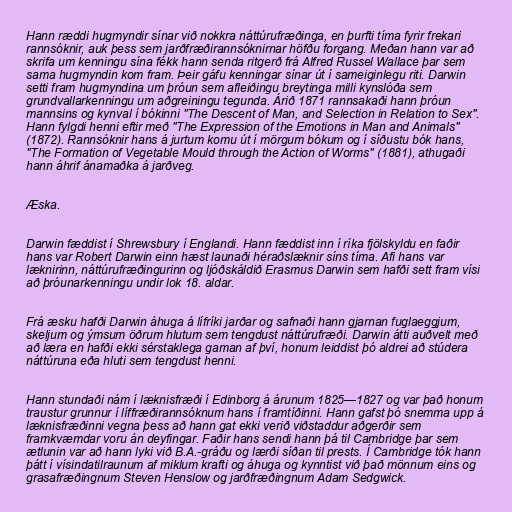
Hann ræddi hugmyndir sínar við nokkra náttúrufræðinga, en þurfti tíma fyrir frekari
rannsóknir, auk þess sem jarðfræðirannsóknirnar höfðu forgang. Meðan hann var að
skrifa um kenningu sína fékk hann senda ritgerð frá Alfred Russel Wallace þar sem
sama hugmyndin kom fram. Þeir gáfu kenningar sínar út í sameiginlegu riti. Darwin
setti fram hugmyndina um þróun sem afleiðingu breytinga milli kynslóða sem
grundvallarkenningu um aðgreiningu tegunda. Árið 1871 rannsakaði hann þróun
mannsins og kynval í bókinni "The Descent of Man, and Selection in Relation to Sex".
Hann fylgdi henni eftir með "The Expression of the Emotions in Man and Animals"
(1872). Rannsóknir hans á jurtum komu út í mörgum bókum og í síðustu bók hans,
"The Formation of Vegetable Mould through the Action of Worms" (1881), athugaði
hann áhrif ánamaðka á jarðveg.

Æska.

Darwin fæddist í Shrewsbury í Englandi. Hann fæddist inn í ríka fjölskyldu en faðir
hans var Robert Darwin einn hæst launaði héraðslæknir síns tíma. Afi hans var
læknirinn, náttúrufræðingurinn og ljóðskáldið Erasmus Darwin sem hafði sett fram vísi
að þróunarkenningu undir lok 18. aldar.

Frá æsku hafði Darwin áhuga á lífríki jarðar og safnaði hann gjarnan fuglaeggjum,
skeljum og ýmsum öðrum hlutum sem tengdust náttúrufræði. Darwin átti auðvelt með
að læra en hafði ekki sérstaklega gaman af því, honum leiddist þó aldrei að stúdera
náttúruna eða hluti sem tengdust henni.

Hann stundaði nám í læknisfræði í Edinborg á árunum 1825—1827 og var það honum
traustur grunnur í líffræðirannsóknum hans í framtíðinni. Hann gafst þó snemma upp á
læknisfræðinni vegna þess að hann gat ekki verið viðstaddur aðgerðir sem
framkvæmdar voru án deyfingar. Faðir hans sendi hann þá til Cambridge þar sem
ætlunin var að hann lyki við B.A.-gráðu og lærði síðan til prests. Í Cambridge tók hann
þátt í vísindatilraunum af miklum krafti og áhuga og kynntist við það mönnum eins og
grasafræðingnum Steven Henslow og jarðfræðingnum Adam Sedgwick.